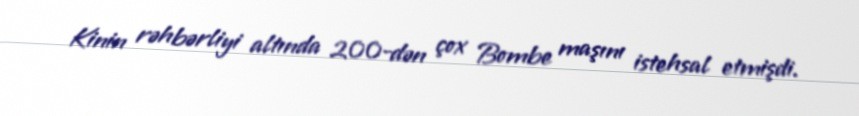
Kinin rəhbərliyi altında 200-dən çox Bombe maşını istehsal etmişdi.